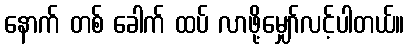
နောက် တစ် ခေါက် ထပ် လာဖို့မျှော်လင့်ပါတယ်။